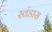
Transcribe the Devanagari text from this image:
खंडास